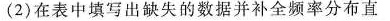
(2)在表中填写出缺失的数据并补全频率分布直